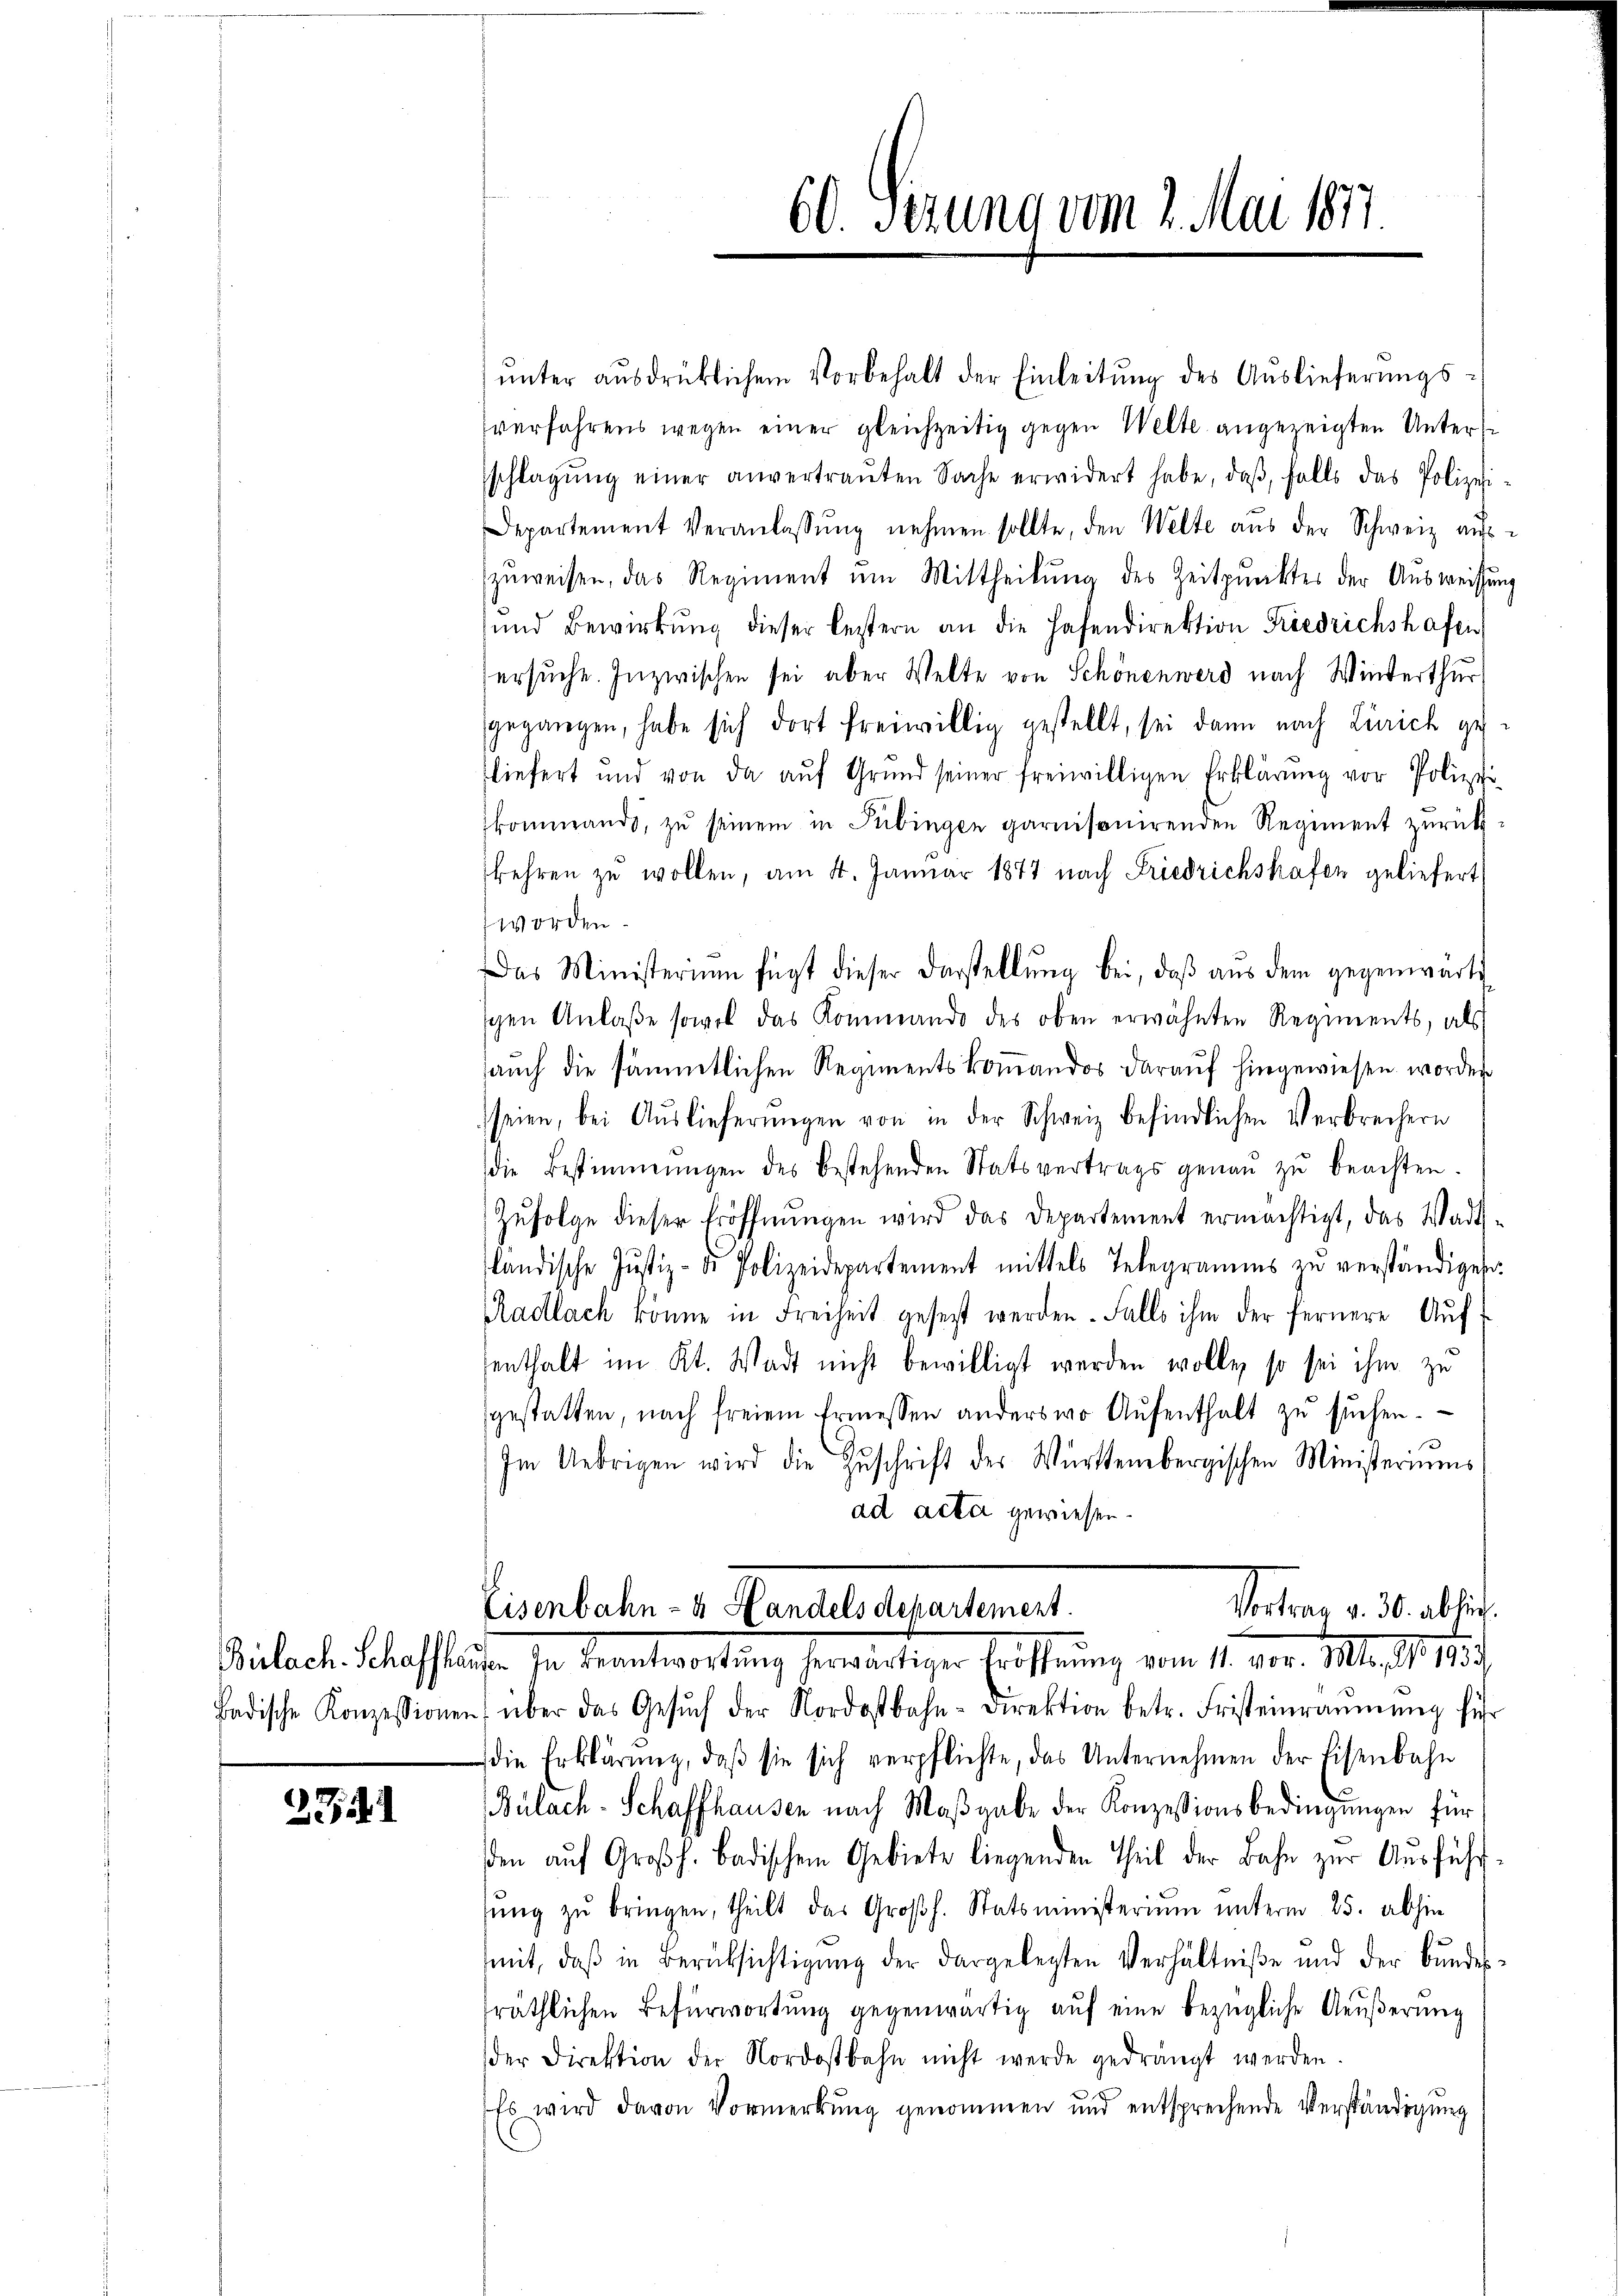
2741

ŭnter ausdrüklichem Vorbehalt der Einleitŭng des Auslieferungsverfahrens wegen einer gleichzeitig gegen Welte angezeigten Unters
schlagŭng einer anvertraŭten Sache erwidert habe, daβ, falls das Polizei
Departement Veranlassŭng nehmen sollte, den Welte aŭs der Schweiz aŭs
zuweisen, das Regiment ein Mittheilung des Zeitpunktes der Ausweissen
und Bewirkung dieser leztern an die Hafendirektion Friedrichshafen
ersuche. Inzwischen sei aber Welte von Schönenwerd nach Winterthur
gegangen, habe sich dort freiwillig gestellt, sei dann nach Zürich ge-
fliefert und von da aŭf Grŭnd seiner freiwilligen Erklärŭng vor Polizei-
kommands, zŭ seinem in Tübingen garnisonirenden Regiment zŭrückkehren zŭ wollen, am 4. Januar 1877 nach Friedrichshafen geliefert
worden.
Das Ministerium fügt dieser Darstellŭng bei, daβ aŭs dem gegenwärti-
schen Anlaβe sowol das Kommando des oben erwähnten Regiments, als
auch die sämmtlichen Regimentskommandos darauf hingewiesen worden
seien, bei Auslieferŭngen von in der Schweiz befindlichen Verbrechern
die Bestimmungen des bestehenden Statsvertrags genaŭ zŭ beachten.
Zŭfolge dieser Eröffnŭngen wird das Departement ermächtigt, das Wadt-
ländische Justiz- & Polizeidepartement mittels Telegramms zŭ verständigen.
Radlach könne in Freiheit gesetzt werden. Falls ihm der fernere Aŭf-
senthalt im Kt. Wadt nicht bewilligt werden wolle, so sei ihm zu
gestatten, nach freiem Ermessen anders wo Aŭfenthalt zŭ sŭchen.
Im Uebrigen wird die Zŭschrift der Württembergischen Ministeriums
ad acta gewiesen.
Vortrag v. 30. ablich.
Eisenbahn- & Handels departement.
Bülach. Schaffhausen In Beantwortŭng herwärtiger Eröffnung vom 11. vor. Mts., N. 195.
Badische Konzessionen über das Gesŭch der Nordostbahn-Direktion betr. Fristeinräŭmŭng führ
die Erklärung, daβ sie sich verpflichte, das Unternehmen der Eisenbahn
Bülach-Schaffhausen nach Maβgabe der Konzessionsbedingŭngen für
den auf Großh. Badischem Gebiete liegenden Theil der Bahn zur Ausführsŭng zŭ bringen, theilt das Großh. Statsministerium unterm 25. abhin
mit, daβ in Berücksichtigung der dargelegten Verhältniße und der Bŭndessräthlichen Befürwortung gegenwärtig auf eine bezügliche Aeußerung
der Direktion der Nordostbahn nicht werde gedrängt werden.
Es wird davon Vormerkung genommen und entsprechende Verständigung

60. Serung vom 2. Mai 1877.